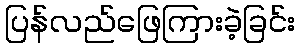
ပြန်လည်ဖြေကြားခဲ့ခြင်း